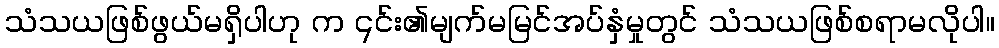
သံသယဖြစ်ဖွယ်မရှိပါဟု က ၎င်း၏မျက်မမြင်အပ်နှံမှုတွင် သံသယဖြစ်စရာမလိုပါ။